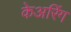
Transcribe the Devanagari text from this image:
केअरिंग